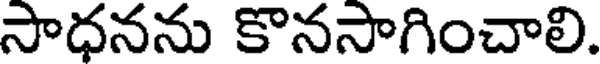
సాధనను కొనసాగించాలి.